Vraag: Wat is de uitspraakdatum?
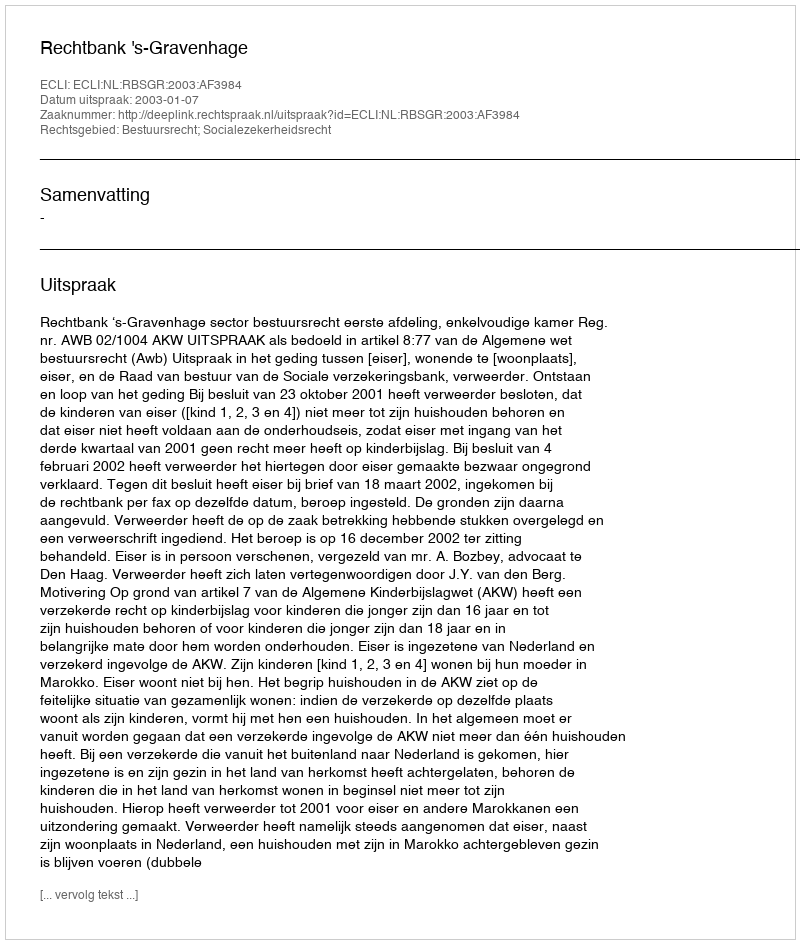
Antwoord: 2003-01-07